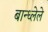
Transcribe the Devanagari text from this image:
बान्ध्लेले